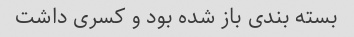
بسته بندی باز شده بود و کسری داشت